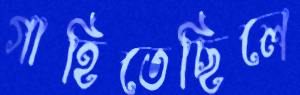
গাহিতেছিলে